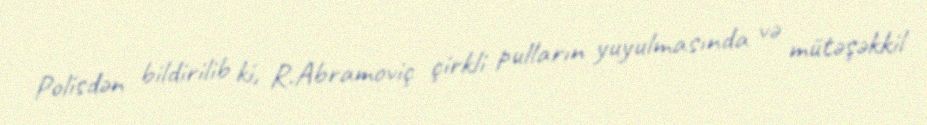
Polisdən bildirilib ki, R.Abramoviç çirkli pulların yuyulmasında və mütəşəkkil